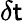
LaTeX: \delta{\mathsf{t}}